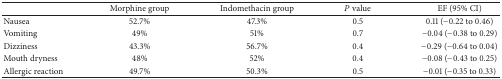
|  | Morphine group | Indomethacin group | P value | EF (95% CI) |
 | --- | --- | --- | --- | --- |
 | Nausea | 52.7% | 47.3% | 0.5 | 0.11 (−0.22 to 0.46) |
 | Vomiting | 49% | 51% | 0.7 | −0.04 (−0.38 to 0.29) |
 | Dizziness | 43.3% | 56.7% | 0.4 | −0.29 (−0.64 to 0.04) |
 | Mouth dryness | 48% | 52% | 0.4 | −0.08 (−0.43 to 0.25) |
 | Allergic reaction | 49.7% | 50.3% | 0.5 | −0.01 (−0.35 to 0.33) |